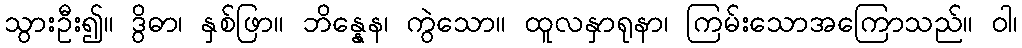
သွားဦး၍။ ဒွိဓာ၊ နှစ်ဖြာ။ ဘိန္နေန၊ ကွဲသော။ ထူလနှာရုနာ၊ ကြမ်းသောအကြောသည်။ ဝါ၊